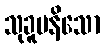
သုခူပနိသော